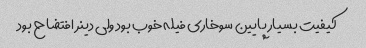
کیفیت بسیار پایین سوخاری فیله خوب بود ولی دینر افتضاح بود